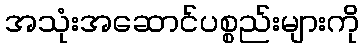
အသုံးအဆောင်ပစ္စည်းများကို